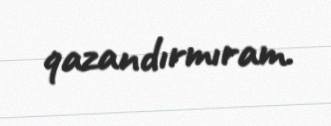
qazandırmıram.